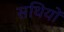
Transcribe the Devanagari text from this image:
सथियों